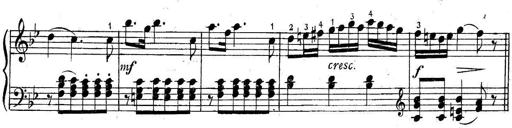
Title: 6 Easy Sonatinas
Composer: Carl Czerny